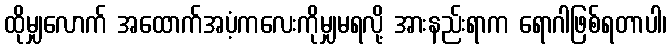
ထိုမျှလောက် အထောက်အပံ့ကလေးကိုမျှမရလို့ အားနည်းရာက ရောဂါဖြစ်ရတာပါ၊